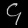
Digit: ၄